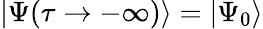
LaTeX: |\Psi(\tau\rightarrow-\infty)\rangle=|\Psi_{0}\rangle